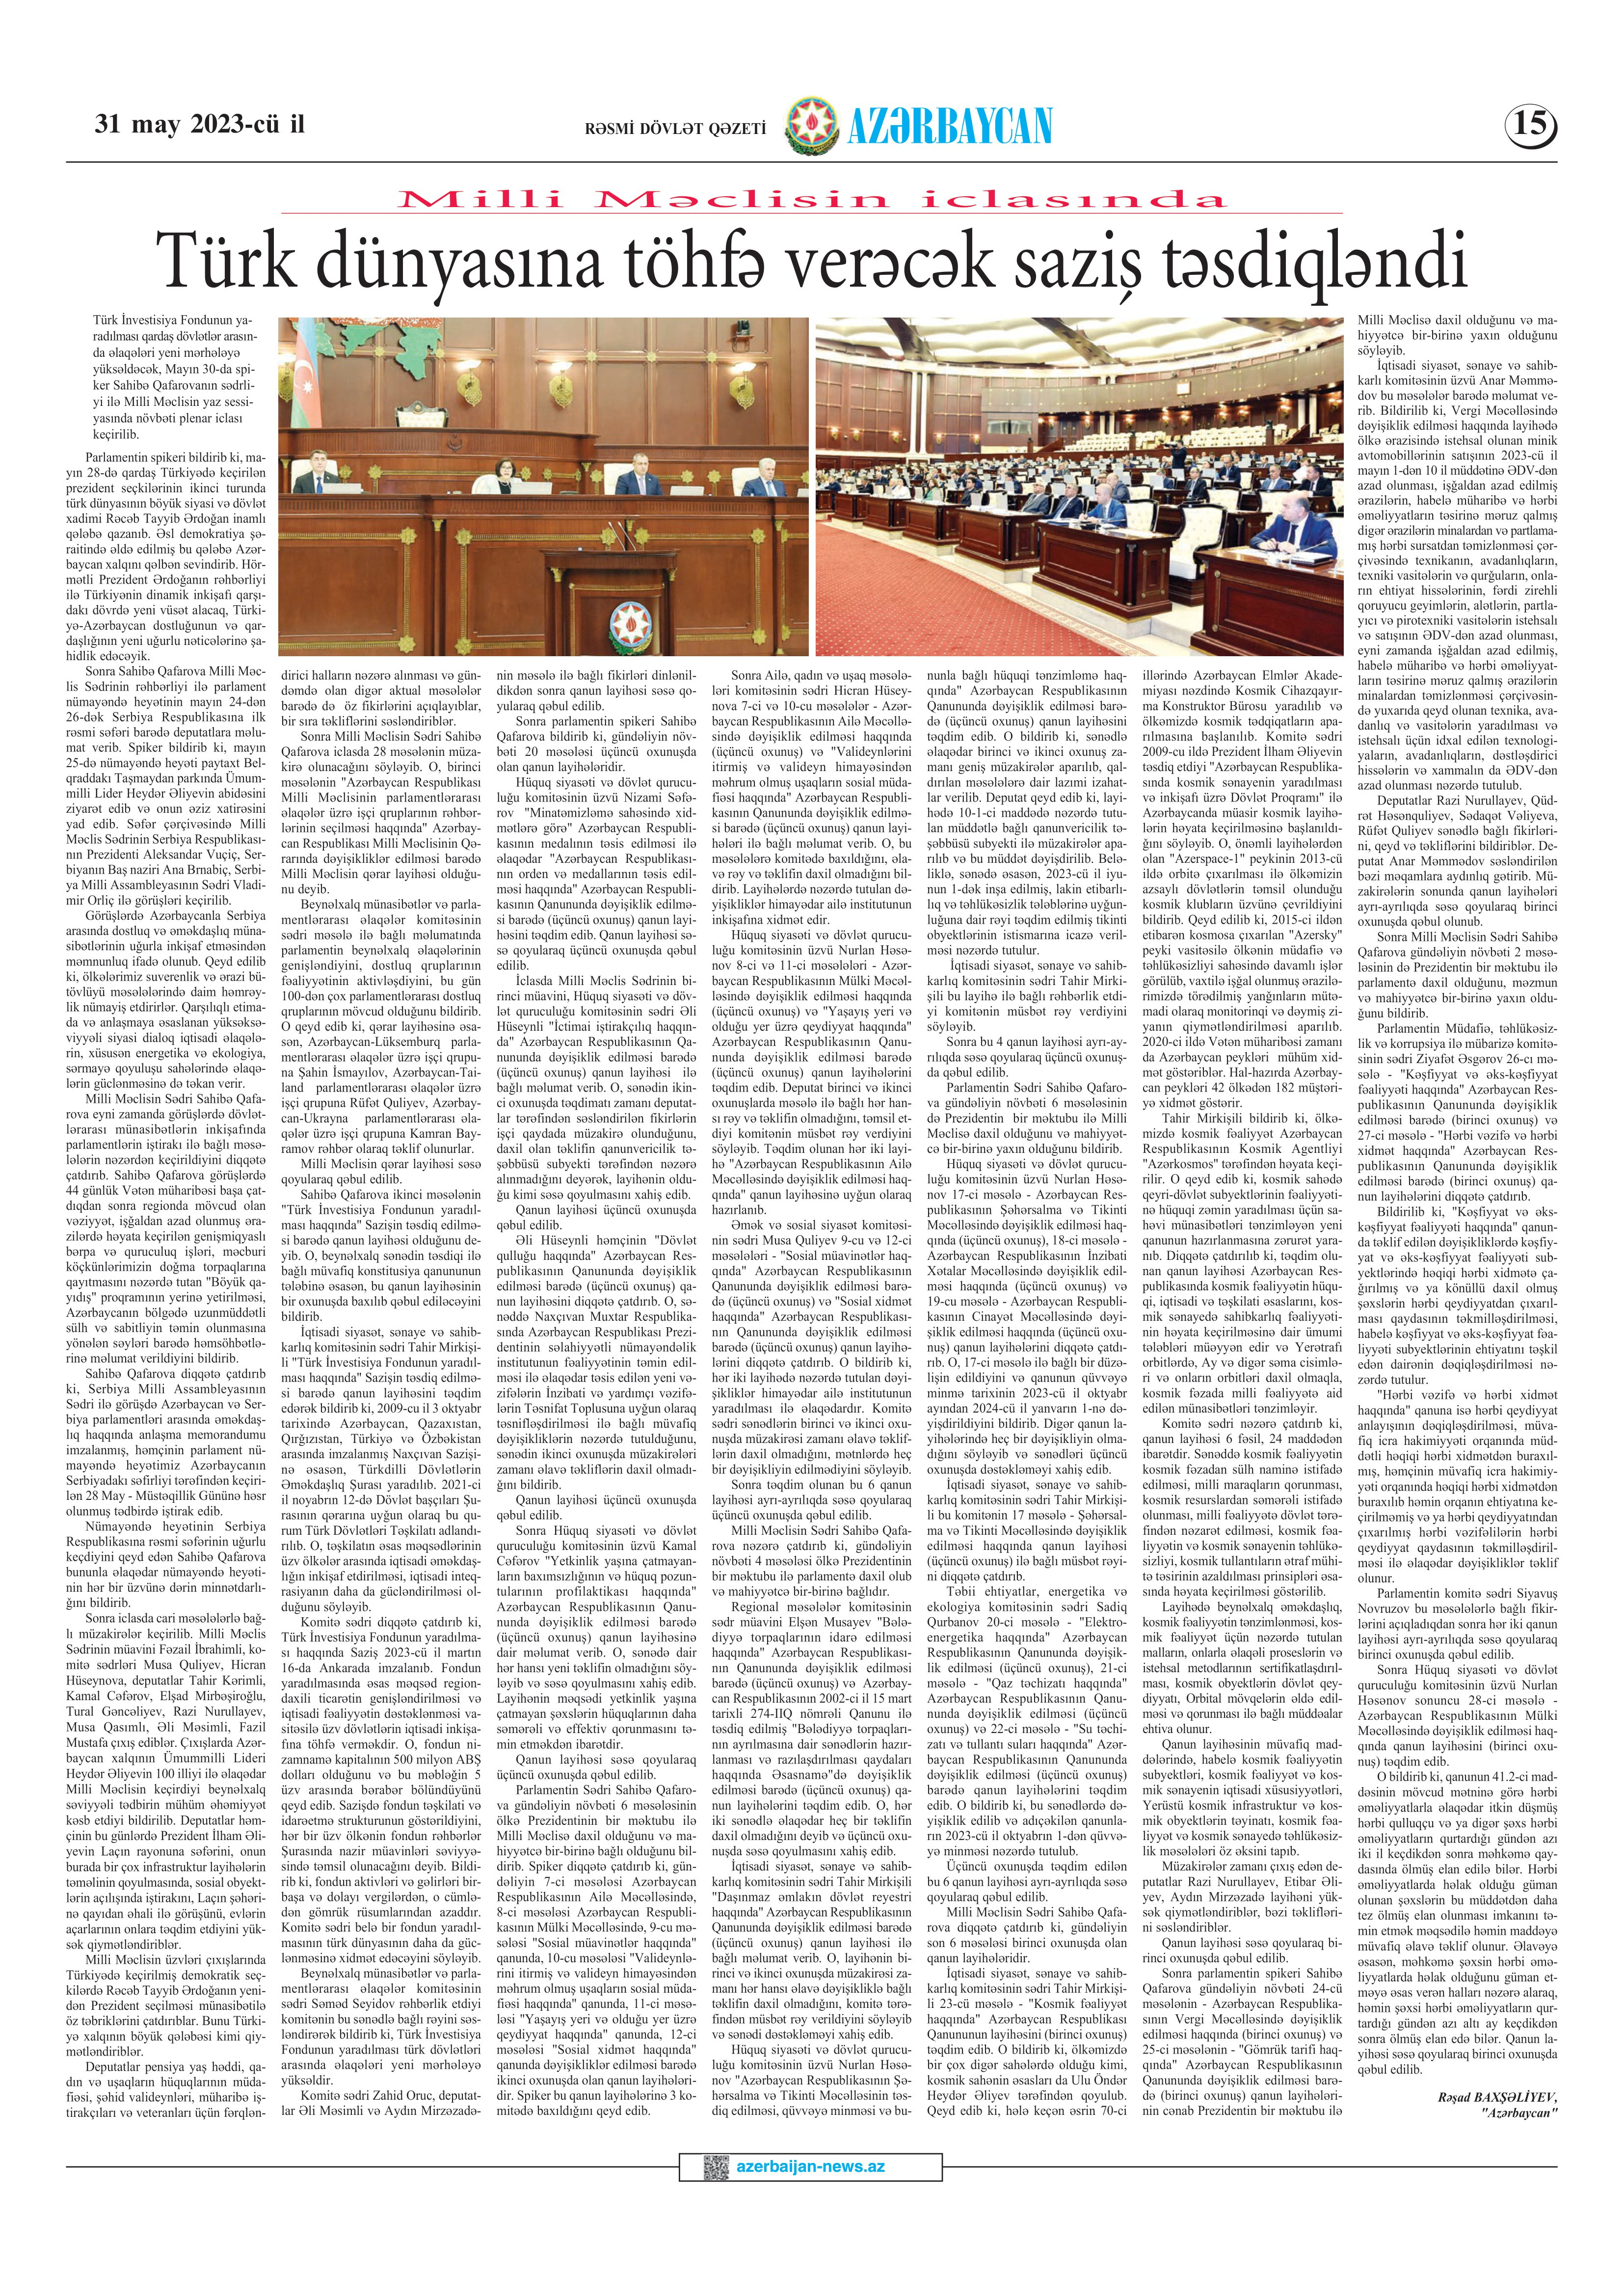
Language: az